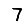
Digit: 7